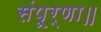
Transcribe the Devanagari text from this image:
संपूर्णा॥